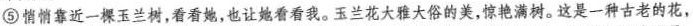
⑤ 悄悄靠近一棵玉兰树，看看她，也让她看看我。玉兰花大雅大俗的美，惊艳满树。这是一种古老的花，